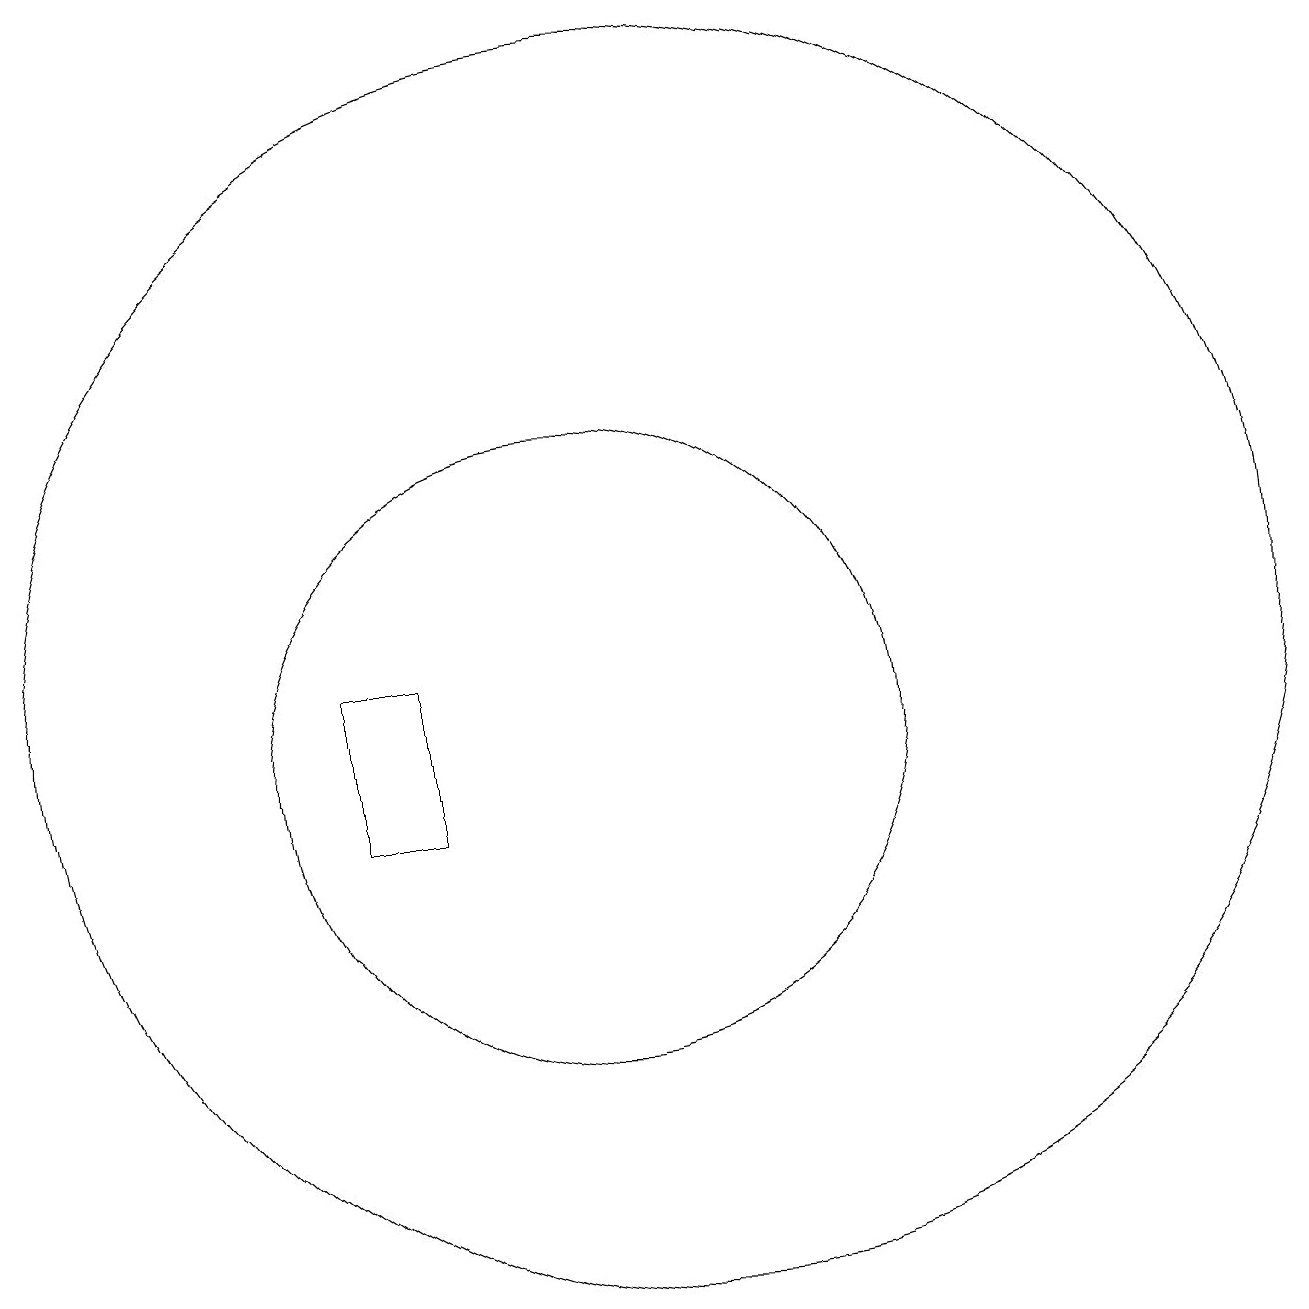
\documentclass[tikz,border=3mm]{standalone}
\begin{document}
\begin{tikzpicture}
\draw (11,12) circle (8);
\draw (10,11) circle (4);
\draw (8,12) rectangle (7,10);
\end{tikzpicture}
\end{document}